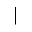
\mid